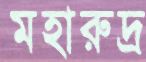
মহারুদ্র